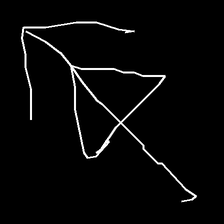
Glyph: pull